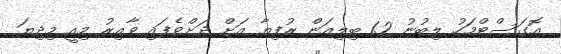
އޮގަސްޓްމަހު ލިބުނު 1.2 ބިލިއަން ރުފިޔާ އަށް ދަށްވެފައި ވާއިރު މިއީ މިދިޔަ